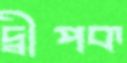
দ্বীপক